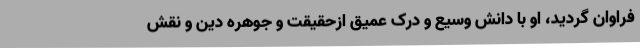
فراوان گردید، او با دانش وسیع و درک عمیق ازحقیقت و جوهره دین و نقش